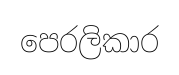
පෙරලිකාර